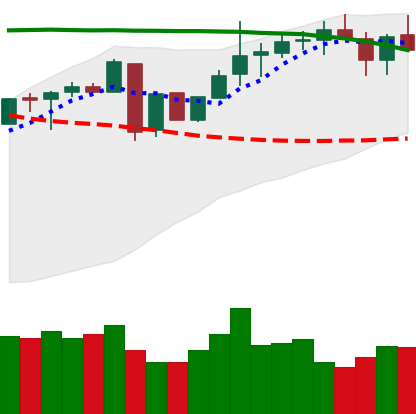
Ticker: LINK-USD
Chart end date: 2018-05-08
Forward return: -8.935%
Label: down_7plus